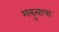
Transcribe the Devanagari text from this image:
शत्रुत्वाचा